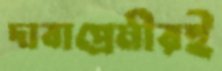
দাবাপ্রেমীরই